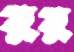
তুতু